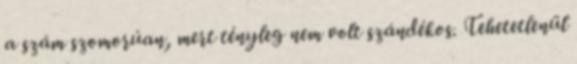
a szám szomorúan, mert tényleg nem volt szándékos. Tehetetlenül